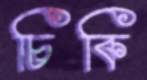
চিকি